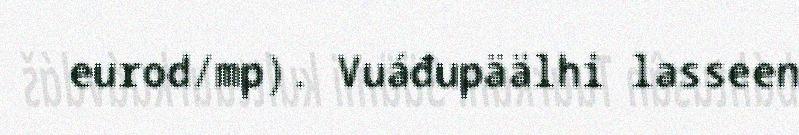
eurod/mp). Vuáđupäälhi lasseen